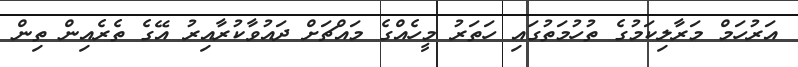
އަރުހަމް މަރާލިކަމުގެ ތުހުމަތުގައި ހަތަރު މީހެއްގެ މައްޗަށް ދައުވާކުރާއިރު އޭގެ ތެރެއިން ތިން